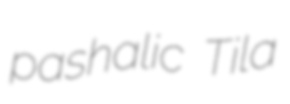
pashalic Tila